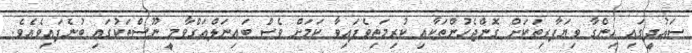
ސައުދީގައި ހިންގާ ވިޔަފާރިތަކަށް ގޮންޖެހުންތަކާއި ކުރިމަތިވެފައިވާ ކަމަށް ވެސް ބައިނަލްއަގްވާމީ ނޫސްތަކުގައި ބުނެފައިވެއެވެ.